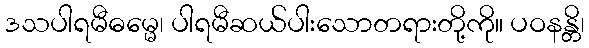
ဒသပါရမီဓမ္မေ၊ ပါရမီဆယ်ပါးသောတရားတို့ကို။ ပဝနန္တိ၊